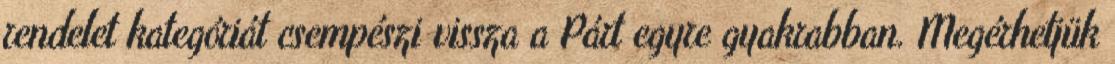
rendelet kategóriát csempészi vissza a Párt egyre gyakrabban. Megérhetjük